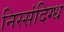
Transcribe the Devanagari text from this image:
निस्संदिग्ध